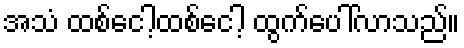
အသံ ထစ်ငေါ့ထစ်ငေါ့ ထွက်ပေါ်လာသည်။